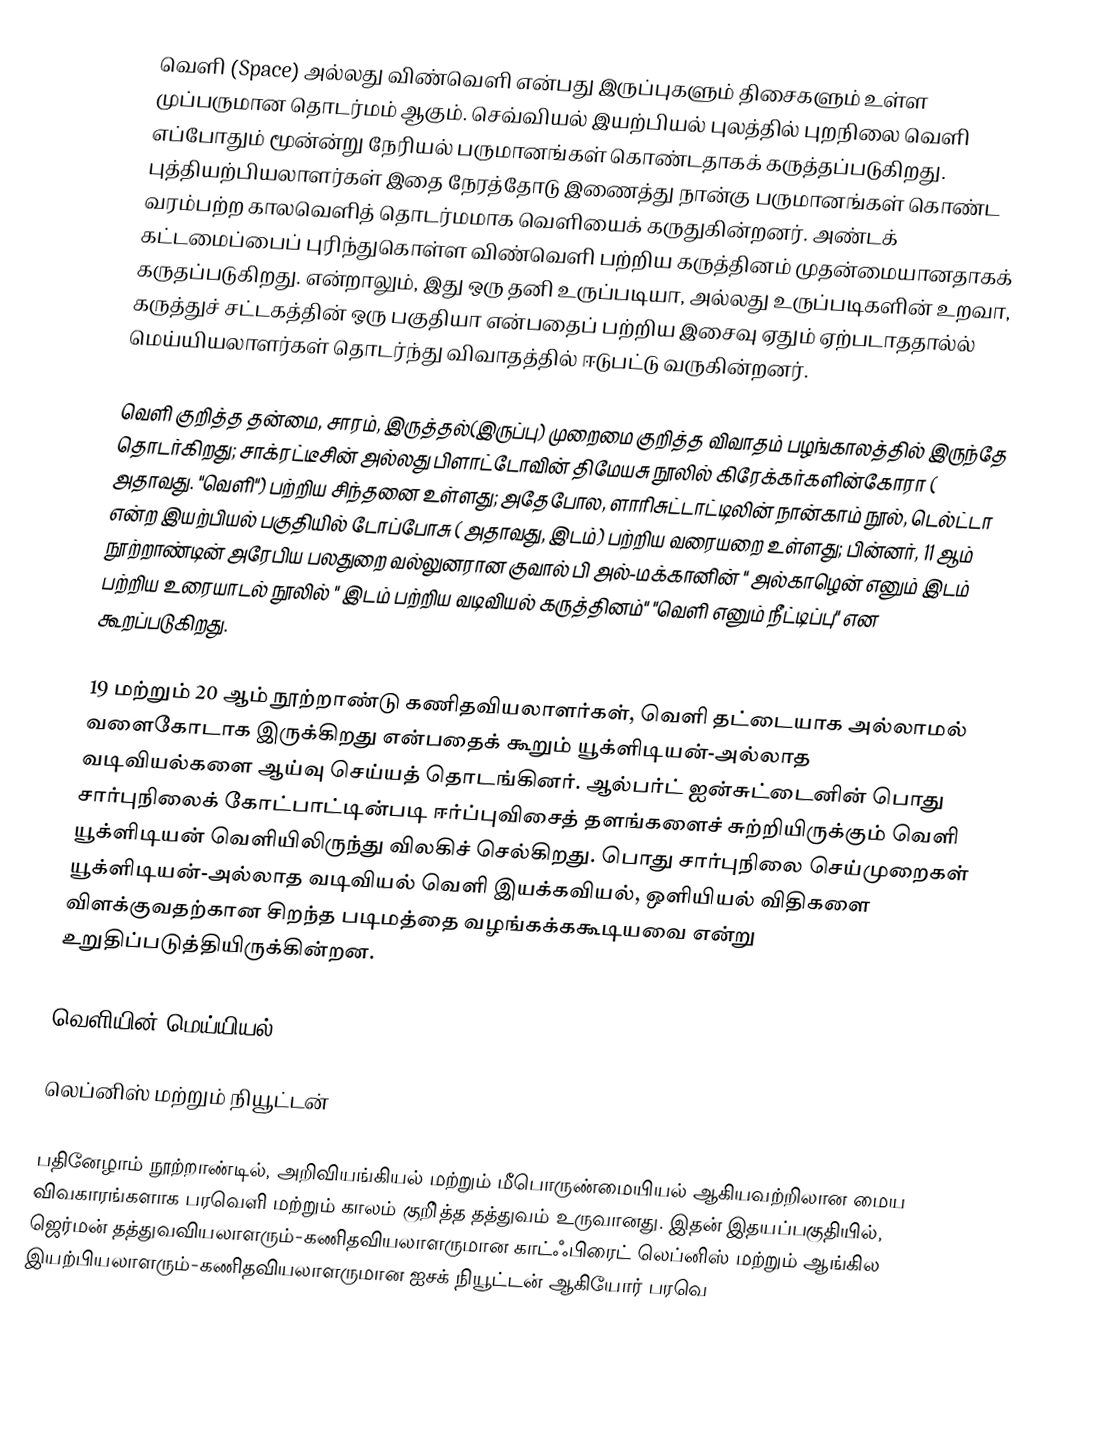
வெளி (Space) அல்லது விண்வெளி என்பது இருப்புகளும் திசைகளும் உள்ள முப்பருமான தொடர்மம் ஆகும்.  செவ்வியல் இயற்பியல் புலத்தில்  புறநிலை வெளி எப்போதும் மூன்ன்று நேரியல் பருமானங்கள் கொண்டதாகக் கருத்தப்படுகிறது. புத்தியற்பியலாளர்கள்  இதை நேரத்தோடு இணைத்து நான்கு பருமானங்கள் கொண்ட  வரம்பற்ற காலவெளித் தொடர்மமாக வெளியைக் கருதுகின்றனர்.   அண்டக் கட்டமைப்பைப்   புரிந்துகொள்ள விண்வெளி பற்றிய கருத்தினம் முதன்மையானதாகக் கருதப்படுகிறது.  என்றாலும்,  இது ஒரு தனி உருப்படியா, அல்லது உருப்படிகளின் உறவா,  கருத்துச் சட்டகத்தின் ஒரு பகுதியா என்பதைப் பற்றிய இசைவு ஏதும் ஏற்படாததால்ல்  மெய்யியலாளர்கள் தொடர்ந்து விவாதத்தில் ஈடுபட்டு வருகின்றனர்.

வெளி குறித்த தன்மை, சாரம்,  இருத்தல்(இருப்பு) முறைமை குறித்த விவாதம் பழங்காலத்தில் இருந்தே தொடர்கிறது; சாக்ரட்டீசின் அல்லது  பிளாட்டோவின்  திமேயசு நூலில் கிரேக்கர்களின்கோரா ( அதாவது. "வெளி") பற்றிய சிந்தனை உள்ளது; அதேபோல, ளாரிசுட்டாட்டிலின் நான்காம் நூல், டெல்ட்டா என்ற இயற்பியல் பகுதியில் டோப்போசு ( அதாவது,  இடம்) பற்றிய வரையறை உள்ளது; பின்னர், 11 ஆம் நூற்றாண்டின் அரேபிய பலதுறை வல்லுனரான குவால் பி அல்-மக்கானின் "  அல்காழென்  எனும் இடம் பற்றிய உரையாடல்  நூலில் " இடம் பற்றிய வடிவியல் கருத்தினம்"  "வெளி  எனும் நீட்டிப்பு" என கூறப்படுகிறது.

19 மற்றும் 20 ஆம் நூற்றாண்டு கணிதவியலாளர்கள், வெளி தட்டையாக அல்லாமல் வளைகோடாக இருக்கிறது என்பதைக் கூறும் யூக்ளிடியன்-அல்லாத வடிவியல்களை ஆய்வு செய்யத் தொடங்கினர். ஆல்பர்ட் ஐன்சுட்டைனின் பொது சார்புநிலைக் கோட்பாட்டின்படி ஈர்ப்புவிசைத் தளங்களைச் சுற்றியிருக்கும் வெளி யூக்ளிடியன் வெளியிலிருந்து விலகிச் செல்கிறது. பொது சார்புநிலை செய்முறைகள் யூக்ளிடியன்-அல்லாத வடிவியல் வெளி இயக்கவியல், ஒளியியல் விதிகளை விளக்குவதற்கான சிறந்த படிமத்தை வழங்கக்ககூடியவை என்று உறுதிப்படுத்தியிருக்கின்றன.

வெளியின் மெய்யியல்

லெப்னிஸ் மற்றும் நியூட்டன்

பதினேழாம் நூற்றாண்டில், அறிவியங்கியல் மற்றும் மீபொருண்மையியல் ஆகியவற்றிலான மைய விவகாரங்களாக பரவெளி மற்றும் காலம் குறி்த்த தத்துவம் உருவானது. இதன் இதயப்பகுதியில், ஜெர்மன் தத்துவவியலாளரும்-கணிதவியலாளருமான காட்ஃபிரைட் லெப்னிஸ் மற்றும் ஆங்கில இயற்பியலாளரும்-கணிதவியலாளருமான ஐசக் நியூட்டன் ஆகியோர் பரவெ